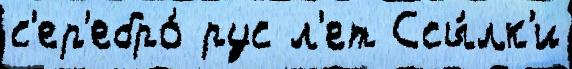
с'ер'ебро́ рус л'ет Ссы́лк'и